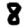
Digit: 8